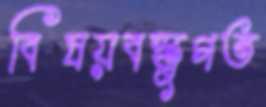
বিষয়বস্তুগত